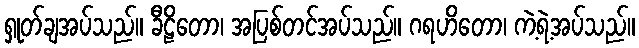
ရှုတ်ချအပ်သည်။ ခီဠိတော၊ အပြစ်တင်အပ်သည်။ ဂရဟိတော၊ ကဲ့ရဲ့အပ်သည်။